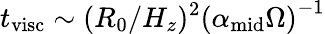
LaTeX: t_{\mathrm{visc}}\sim(R_{0}/H_{z})^{2}\left(\alpha_{\mathrm{mid}}\Omega\right)^{-1}